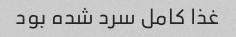
غذا کامل سرد شده بود